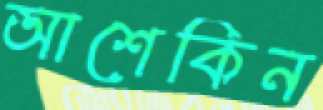
আশেকিন